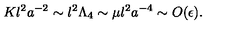
K l ^ { 2 } a ^ { - 2 } \sim l ^ { 2 } \Lambda _ { 4 } \sim \mu l ^ { 2 } a ^ { - 4 } \sim O ( \epsilon ) .